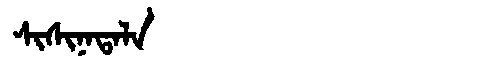
Manchu: ᠰᡳᠰᡳᠨᠠᡨᠠᠯᠠ
Romanization: SISINATALA